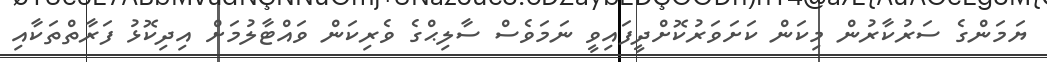
ޔަމަންގެ ސަރުކާރުން މިކަން ކަށަވަރުކޮށްދީފައިވީ ނަމަވެސް ސާލިޙްގެ ވެރިކަން ވައްޓާލުމަށް އިދިކޮޅު ފަރާތްތަކާއި